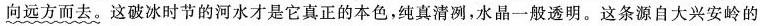
向远方而去。这破冰时节的河水才是它真正的本色，纯真清冽，水晶一般透明。这条源自大兴安岭的